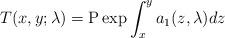
LaTeX: \begin{align*}T(x,y; \lambda) = {\rm P} \exp \int_{x}^{y} a_1(z, \lambda) dz\end{align*}